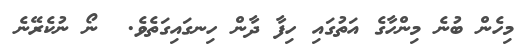
މިހެން ބުނެ މިންހާގެ އަތުގައި ހިފާ ދާން ހިނގައިގަތެވެ.  ނޯ ނުކެރޭނެ